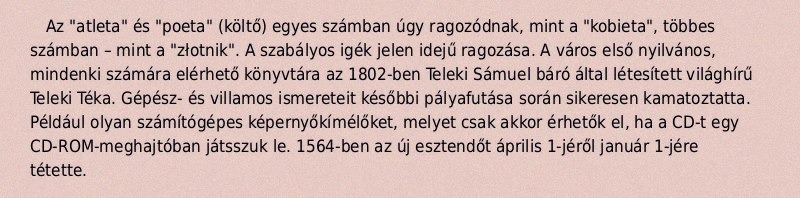
Az "atleta" és "poeta" (költő) egyes számban úgy ragozódnak, mint a "kobieta", többes számban – mint a "złotnik". A szabályos igék jelen idejű ragozása. A város első nyilvános, mindenki számára elérhető könyvtára az 1802-ben Teleki Sámuel báró által létesített világhírű Teleki Téka. Gépész- és villamos ismereteit későbbi pályafutása során sikeresen kamatoztatta. Például olyan számítógépes képernyőkímélőket, melyet csak akkor érhetők el, ha a CD-t egy CD-ROM-meghajtóban játsszuk le. 1564-ben az új esztendőt április 1-jéről január 1-jére tétette.